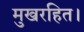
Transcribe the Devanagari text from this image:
मुखरहित।